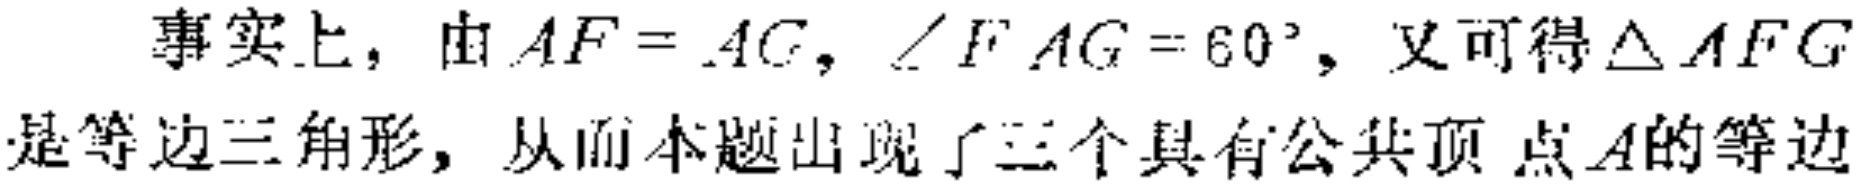
事实上，由\(AF = AC\)，\(\angle FAG = 60^{\circ}\)，又可得\(\triangle AFG\)是等边三角形，从而本题出现了三个具有公共顶点\(A\)的等边